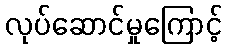
လုပ်ဆောင်မှုကြောင့်